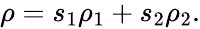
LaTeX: \begin{array}{r}{\rho=s_{1}\rho_{1}+s_{2}\rho_{2}.}\end{array}